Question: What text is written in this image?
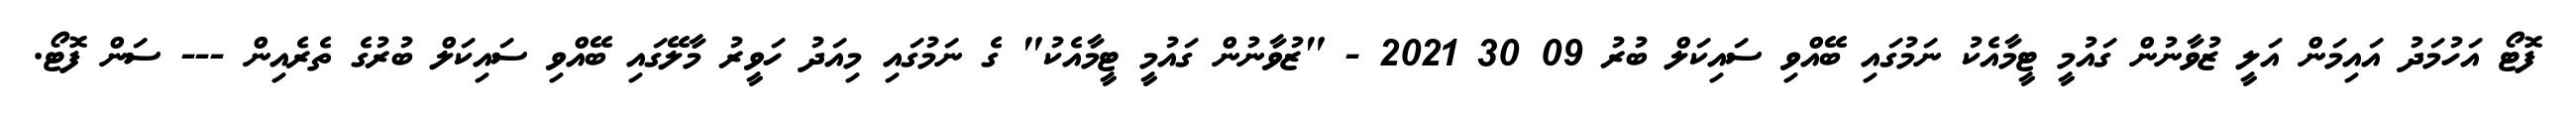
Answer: ފޮޓޯ އަހުމަދު އައިމަން އަލީ ޒުވާނުން ގައުމީ ޓީމާއެކު ނަމުގައި ބޭއްވި ސައިކަލް ބުރު 09 30 2021 - "ޒުވާނުން ގައުމީ ޓީމާއެކު" ގެ ނަމުގައި މިއަދު ހަވީރު މާލޭގައި ބޭއްވި ސައިކަލް ބުރުގެ ތެރެއިން --- ސަން ފޮޓޯ.